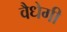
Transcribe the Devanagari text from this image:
वैधेगी